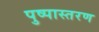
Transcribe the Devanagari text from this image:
पुष्पास्तरण